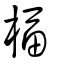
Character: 楅